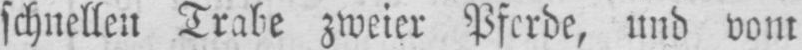
schnellen Trabe zweier Pferde, und vom